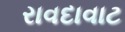
રાવદાવાટ